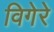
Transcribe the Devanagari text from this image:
विगेरे